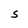
Character: S